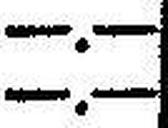
—.—